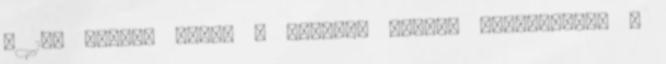
a 13. helyen zárta a második imolai gyakorlást. A